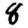
Digit: 8